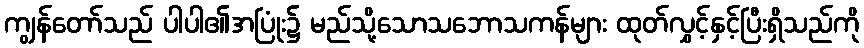
ကျွန်တော်သည် ပါပါ၏အပြုံး၌ မည်သို့သောသဘောသကန်များ ထုတ်လွှင့်နှင့်ပြီးရှိသည်ကို